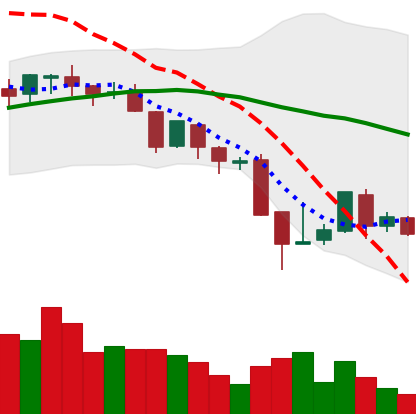
Ticker: BNB-USD
Chart end date: 2018-08-20
Forward return: 4.483%
Label: up_3_5